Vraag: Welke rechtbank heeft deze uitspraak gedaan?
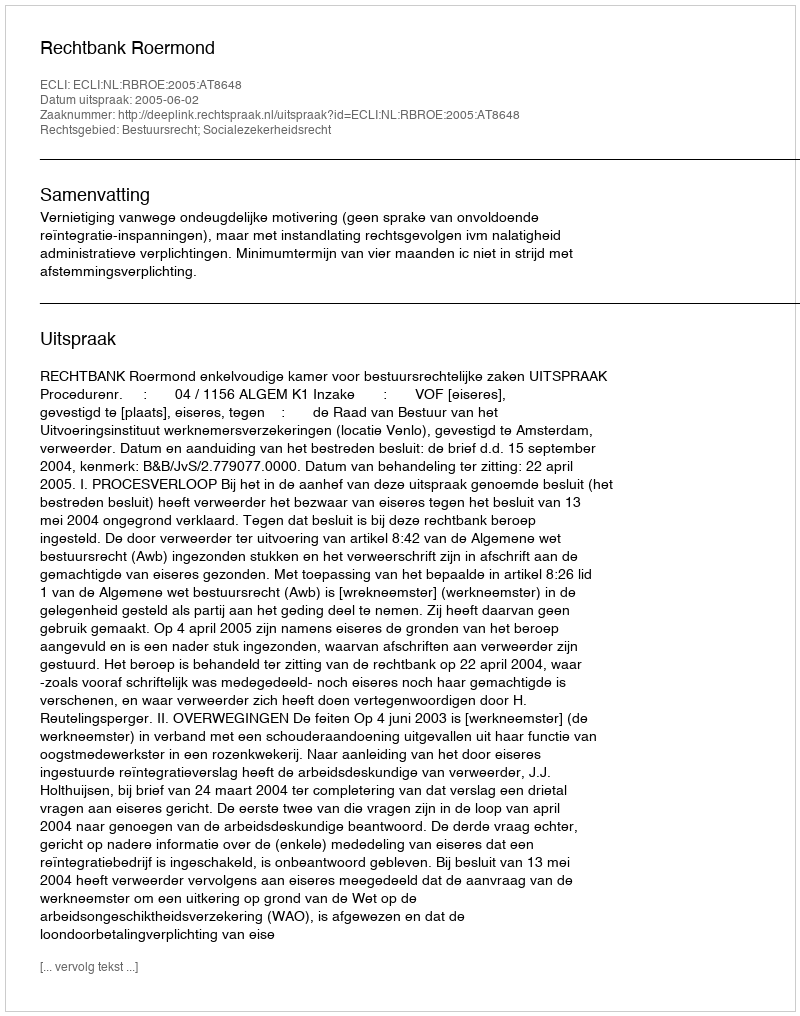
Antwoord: Rechtbank Roermond